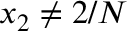
x _ { 2 } \neq 2 / N